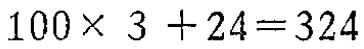
\(100\times 3 + 24=324\)